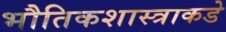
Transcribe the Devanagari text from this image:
भौतिकशास्त्राकडे